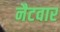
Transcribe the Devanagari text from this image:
नैटवार